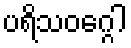
ပရိသဝဂ္ဂေါ